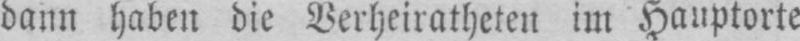
dann haben die Verheiratheten im Hauptorte